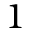
1